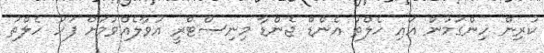
ކުރިން ހިންގަމުން އައި ހެލްތު އެންޑް ޖެންޑާ މިނިސްޓްރީ އުވާލެއްވުމަށް ފަހު ހެލްތު